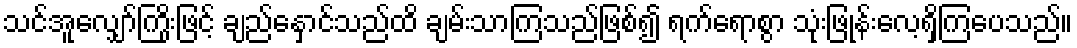
သင်အူလျှော်ကြိုးဖြင့် ချည်နှောင်သည်ထိ ချမ်းသာကြသည်ဖြစ်၍ ရက်ရောစွာ သုံးဖြုန်းလေ့ရှိကြပေသည်။